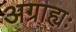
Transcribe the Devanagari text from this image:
अग्राह्यः